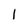
Character: l